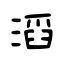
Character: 滔